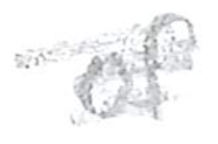
Text: of
Cross-out: scratch
Writing tool: pencil